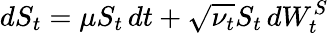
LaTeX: dS_{t}=\mu S_{t}\, dt+{\sqrt{\nu_{t}}}S_{t}\, dW_{t}^{S}